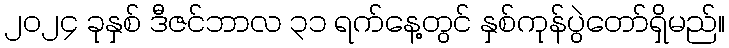
၂၀၂၄ ခုနှစ် ဒီဇင်ဘာလ ၃၁ ရက်နေ့တွင် နှစ်ကုန်ပွဲတော်ရှိမည်။